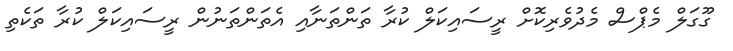
ގޫގަލް މެޕްސް މެދުވެރިކޮށް ރީސައިކަލް ކުރާ ތަންތަނާއި އެތަންތަނުން ރީސައިކަލް ކުރާ ތަކެތި